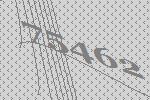
75462